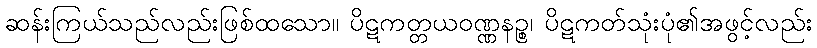
ဆန်းကြယ်သည်လည်းဖြစ်ထသော။ ပိဋကတ္တယဝဏ္ဏနဉ္စ၊ ပိဋကတ်သုံးပုံ၏အဖွင့်လည်း